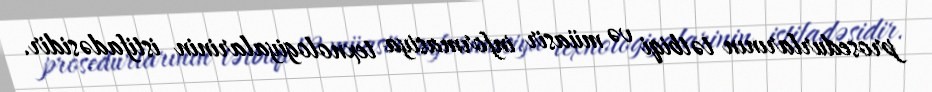
prosedurlarının tətbiqi və müasir informasiya texnologiyalarinin istifadəsidir.